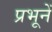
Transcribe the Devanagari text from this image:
प्रभूनें